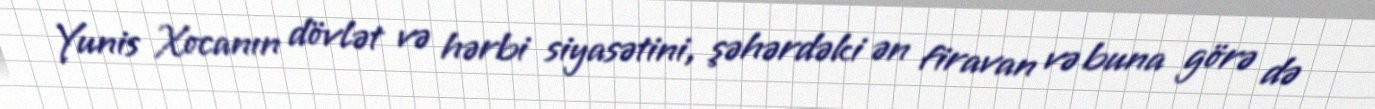
Yunis Xocanın dövlət və hərbi siyasətini, şəhərdəki ən firavan və buna görə də